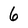
Character: 6